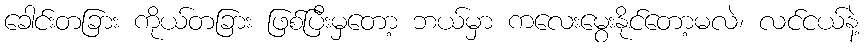
ခေါင်းတခြား ကိုယ်တခြား ဖြစ်ပြီးမှတော့ ဘယ်မှာ ကလေးမွေးနိုင်တော့မလဲ၊ လင်ငယ်နဲ့